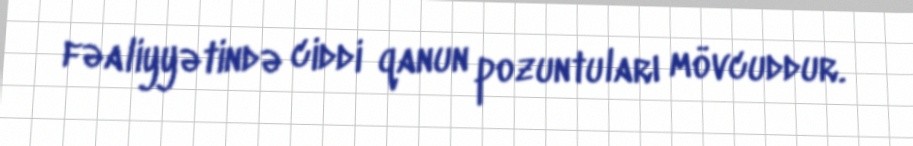
fəaliyyətində ciddi qanun pozuntuları mövcuddur.